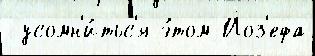
 усомн'и́тьс'я э́том Йоз'ефа